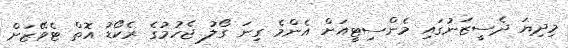
މިދިޔަ ދެސީޒަނުގައި މެންސިޓީއަށް އެންމެ ގިނަ ގޯލު ޖެހުމުގެ ރެކޯޑު އޮތް ޓެވޭޒަށް